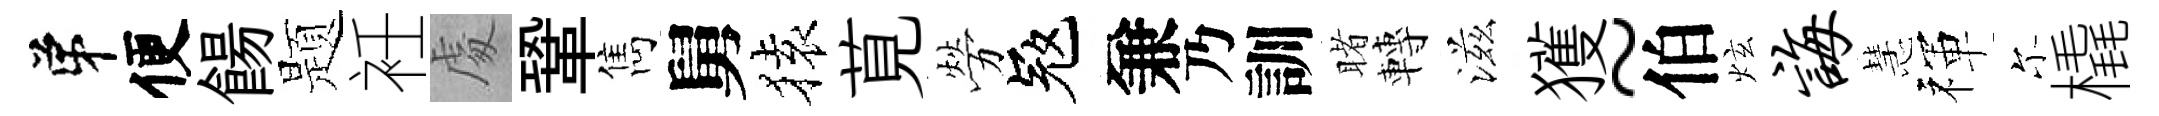
弟便餳题衽䖏鞏雋舅𫞤莧勞冦兼乃訓睹轉滋獲~伯炫诲慧禈尓橇